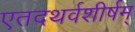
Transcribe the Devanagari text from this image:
एतदथर्वशीर्षम्‌